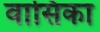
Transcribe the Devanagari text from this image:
वासिका